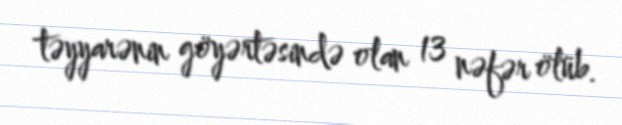
təyyarənin göyərtəsində olan 13 nəfər ölüb.